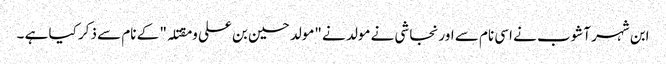
ابن شہر آشوب نے اسی نام سے اور نجاشی نے مولد نے "مولد حسین بن علی و مقتلہ" کے نام سے ذکر کیا ہے ۔